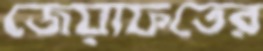
জেয়াফতের